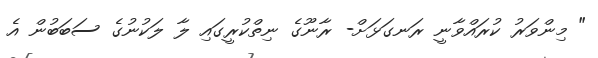
" މިންވަރު ކުރައްވާނީ ރަނގަޅަށް- ރާނޫގެ ނިތްކުރީގައި ލާ ލަކުނުގެ ސަބަބުން އެ